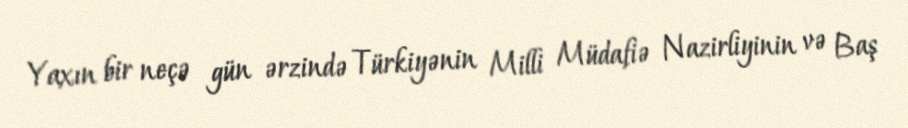
Yaxın bir neçə gün ərzində Türkiyənin Milli Müdafiə Nazirliyinin və Baş